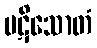
ပဋိသောတံ